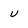
Character: u